Annual report on the Civil Veterinary Department, Burma (including the Insein Veterinary School) - 1910-1922
Year: 1910
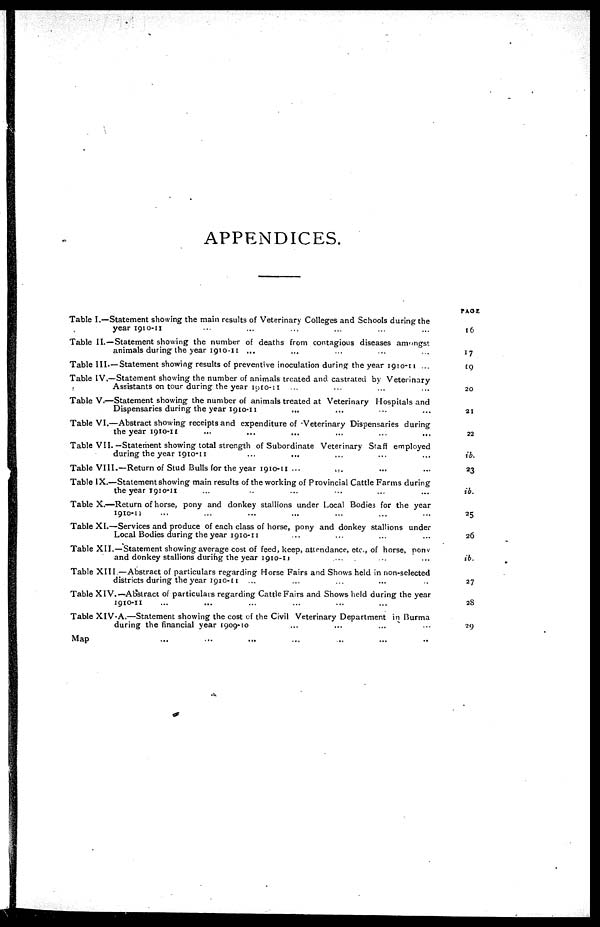
APPENDICES.
Table I.—Statement showing the main results of Veterinary Colleges and Schools during the
year 1910-11 ... ... ... ... ... ...
Table II.—Statement showing the number of deaths from contagious diseases amongst
animals during the year 1910-11 ... ... ... ... ...
Table III.—Statement showing results of preventive inoculation during the year 1910-11 ...
Table IV.—Statement showing the number of animals treated and castrated by Veterinary
Assistants on tour during the year 1910-11 ... ... ... ...
Table V.—Statement showing the number of animals treated at Veterinary Hospitals and
Dispensaries during the year 1910-11 ... ... ... ...
Table VI.—Abstract showing receipts and expenditure of-Veterinary Dispensaries during
the year 1910-11 ... ... ... ... ... ...
Table VII.—Statement showing total strength of Subordinate Veterinary Staff employed
during the year 1910-11 ... ... ... ... ...
Table VIII.—Return of Stud Bulls for the year 1910-11 ... ... ... ...
Table IX.—Statement showing main results of the working of Provincial Cattle Farms during
the year 1910-11 ... ... ... ... ... ...
Table X.—Return of horse, pony and donkey stallions under Local Bodies for the year
1910-11 ... ... ... ... ... ... ...
Table XI.—Services and produce of each class of horse, pony and donkey stallions under
Local Bodies during the year 1910-11 ... ... ... ...
Table XII.—Statement showing average cost of feed, keep, attendance, etc., of horse, pony
and donkey stallions during the year 1910-11 ... ... ...
Table XIII.—Abstract of particulars regarding Horse Fairs and Shows held in non-selected
districts during the year 1910-11 ... ... ... ... ...
Table XIV.—Abstract of particulars regarding Cattle Fairs and Shows held during the year
1910-11 ... ... ... ... ... ...
Table XIV-A.—Statement showing the cost of the Civil Veterinary Department in Burma
during the financial year 1909-10 ... ... ... ...
Map ... ... ... ... ... ... ...
PAGE
16
17
19
20
21
22
ib.
23
ib.
25
26
ib
27
28
29